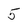
Character: 5